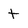
Character: t